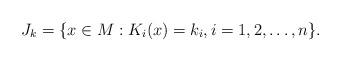
LaTeX: \begin{align*} J_k =\{x\in M: K_i(x)=k_i, i=1,2,\ldots,n\}.\end{align*}